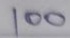
100